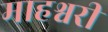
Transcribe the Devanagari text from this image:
माहश्वरी